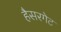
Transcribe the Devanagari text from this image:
हैसरगेट